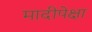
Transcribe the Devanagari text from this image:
मादीपेक्षा